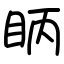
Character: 眪